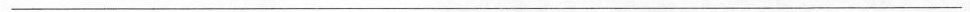
\underline